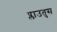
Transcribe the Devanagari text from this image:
प्लाउतुस